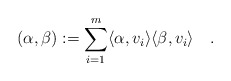
\begin{align*} (\alpha,\beta):=\sum_{i=1}^m \langle \alpha, v_i\rangle\langle \beta,v_i\rangle\quad.\end{align*}